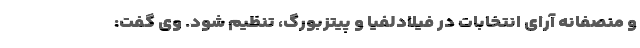
و منصفانه آرای انتخابات در فیلادلفیا و پیتزبورگ، تنظیم شود. وی گفت: